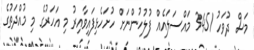
މަސް ދުވަހު 3451 މައްސަލައެއް ފުލުހުންނަށް ހުށަހެޅިފައިވާއިރު މި އަހަރުގެ މި މުއްދަތުގެ